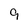
Character: 9